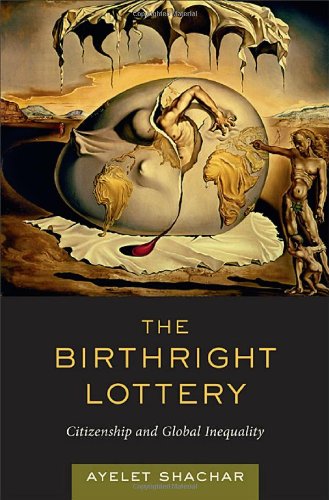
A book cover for The Birthright Lottery: Citizenship and Global Inequality; Ayelet Shachar; Law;